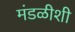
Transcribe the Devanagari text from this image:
मंडळीशी